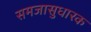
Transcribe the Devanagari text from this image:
समजासुधारक